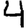
Digit: 4